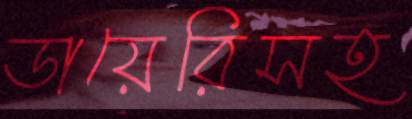
ডায়েরিসহ